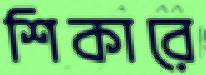
শিকারে